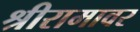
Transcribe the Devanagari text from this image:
श्रीरामावर